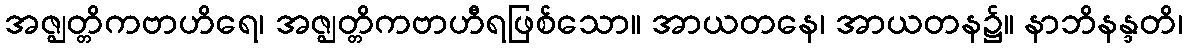
အဇ္ဈတ္တိကဗာဟိရေ၊ အဇ္ဈတ္တိကဗာဟီရဖြစ်သော။ အာယတနေ၊ အာယတန၌။ နာဘိနန္ဒတိ၊